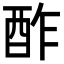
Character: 酢